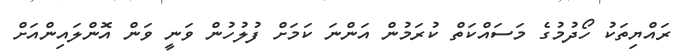
ރައްޔިތަކު ހޯދުމުގެ މަސައްކަތް ކުރަމުން އަންނަ ކަމަށް ފުލުހުން ވަނީ ވަން އޮންލައިންއަށް